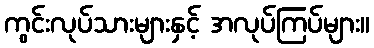
ကွင်းလုပ်သားများနှင့် အလုပ်ကြပ်များ။